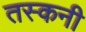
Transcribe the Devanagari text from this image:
तस्कनी